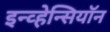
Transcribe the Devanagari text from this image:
इन्व्हेन्सियॉन